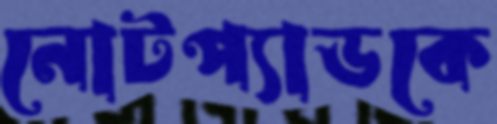
নোটপ্যাডকে